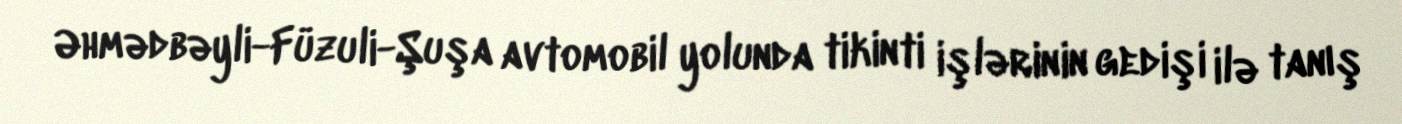
Əhmədbəyli-Füzuli-Şuşa avtomobil yolunda tikinti işlərinin gedişi ilə tanış